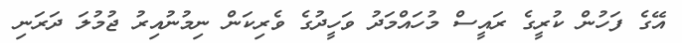
އޭގެ ފަހުން ކުރީގެ ރައީސް މުހައްމަދު ވަހީދުގެ ވެރިކަން ނިމުނުއިރު ޖުމުލަ ދަރަނި